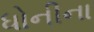
ધોનીના